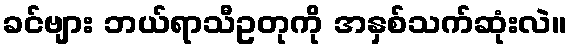
ခင်ဗျား ဘယ်ရာသီဥတုကို အနှစ်သက်ဆုံးလဲ။